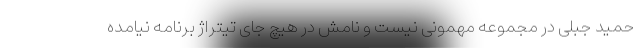
حمید جبلی در مجموعه مهمونی نیست و نامش در هیچ جای تیتراژ برنامه نیامده